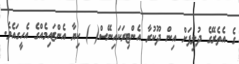
ގެ އެތެރޭގެ ދުލިފަށް އިން ދޫކުރާ އެންޓިރަކައިނޭސް( ) ކިޔާ އެންޒައިމެއްގެ އެހީގައެވެ.